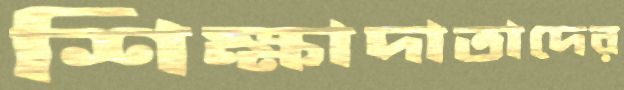
শিক্ষাদাতাদের